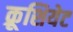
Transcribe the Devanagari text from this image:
क्रूशियेट